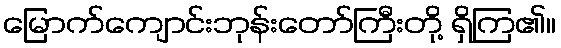
မြောက်ကျောင်းဘုန်းတော်ကြီးတို့ ရှိကြ၏။